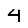
Digit: 4